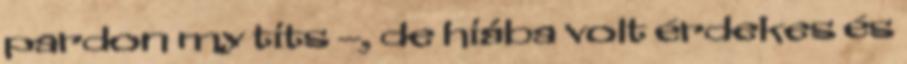
pardon my tits –, de hiába volt érdekes és